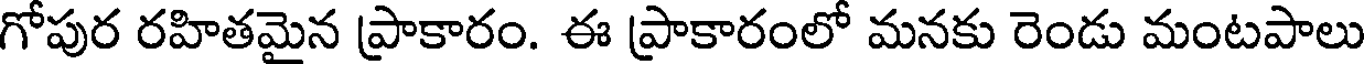
గోపుర రహితమైన ప్రాకారం. ఈ ప్రాకారంలో మనకు రెండు మంటపాలు